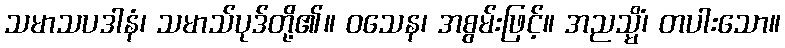
သမာသပဒါနံ၊ သမာသ်ပုဒ်တို့၏။ ဝသေန၊ အစွမ်းဖြင့်။ အညသ္မိံ၊ တပါးသော။